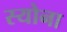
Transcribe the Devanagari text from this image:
स्योना